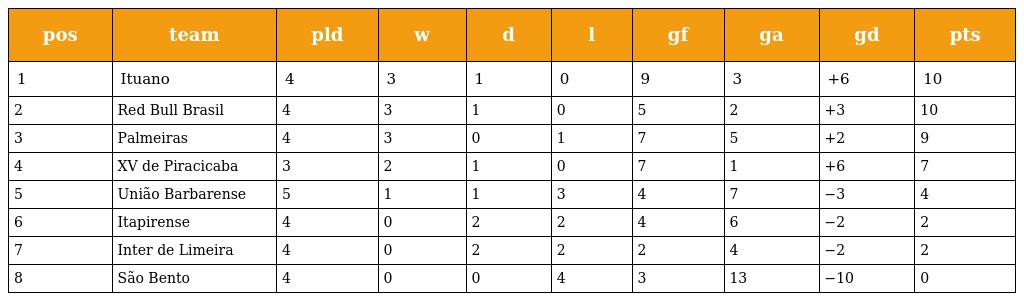
| pos | team | pld | w | d | l | gf | ga | gd | pts |
 | --- | --- | --- | --- | --- | --- | --- | --- | --- | --- |
 | 1 | Ituano | 4 | 3 | 1 | 0 | 9 | 3 | +6 | 10 |
 | 2 | Red Bull Brasil | 4 | 3 | 1 | 0 | 5 | 2 | +3 | 10 |
 | 3 | Palmeiras | 4 | 3 | 0 | 1 | 7 | 5 | +2 | 9 |
 | 4 | XV de Piracicaba | 3 | 2 | 1 | 0 | 7 | 1 | +6 | 7 |
 | 5 | União Barbarense | 5 | 1 | 1 | 3 | 4 | 7 | −3 | 4 |
 | 6 | Itapirense | 4 | 0 | 2 | 2 | 4 | 6 | −2 | 2 |
 | 7 | Inter de Limeira | 4 | 0 | 2 | 2 | 2 | 4 | −2 | 2 |
 | 8 | São Bento | 4 | 0 | 0 | 4 | 3 | 13 | −10 | 0 |